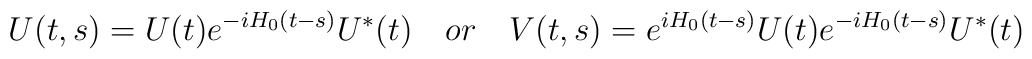
U(t,s)=U(t)e^{-iH_{0}(t-s)}U^{*}(t)\quad or\quadV(t,s)=e^{iH_{0}(t-s)}U(t)e^{-iH_{0}(t-s)}U^{*}(t)